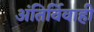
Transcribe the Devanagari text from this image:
अंतिर्विवाही